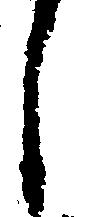
し